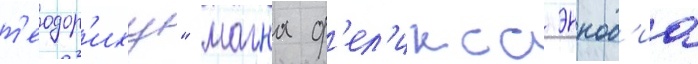
т'еодор'иху" магна ф'ел'икса эннод'иа